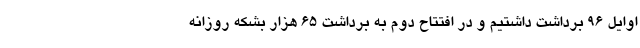
اوایل ۹۶ برداشت داشتیم و در افتتاح دوم به برداشت ۶۵ هزار بشکه روزانه